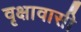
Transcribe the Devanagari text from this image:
वृक्षावासी